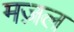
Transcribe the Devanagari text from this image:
मज़ल